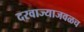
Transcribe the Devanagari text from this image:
दरवाज्याजवळच